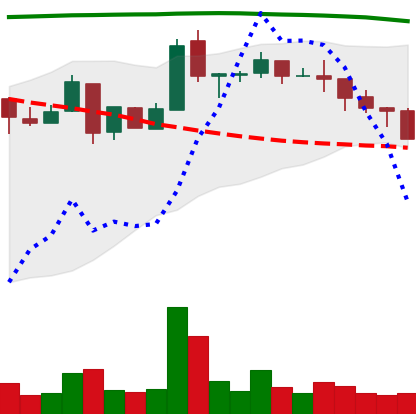
Ticker: NEO-USD
Chart end date: 2018-05-10
Forward return: -9.871%
Label: down_7plus